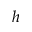
h